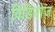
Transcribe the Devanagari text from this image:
विडियोज